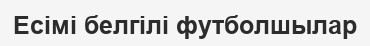
Есімі белгілі футболшылар